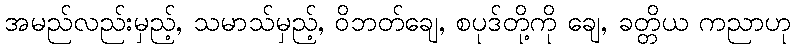
အမည်လည်းမှည့်, သမာသ်မှည့်, ဝိဘတ်ချေ, စပုဒ်တို့ကို ချေ, ခတ္တိယ ကညာဟု